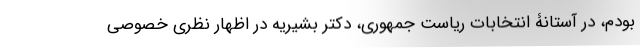
بودم، در آستانۀ انتخابات ریاست جمهوری، دکتر بشیریه در اظهار نظری خصوصی